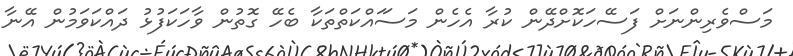
މަސްވެރިންނަށް ފަސޭހަކޮށްދޭން ކުރާ އެހެން މަސަައްކަތްތަކާ ބެހޭ ގޮތުން ވާހަކަފުޅު ދައްކަވަމުން އޭނާ